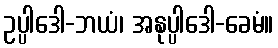
ဥပ္ပါဒေါ-ဘယံ၊ အနုပ္ပါဒေါ-ခေမံ။